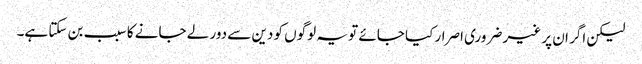
لیکن اگر ان پر غیر ضروری اصرار کیا جائے تو یہ لوگوں کو دین سے دور لے جانے کا سبب بن سکتا ہے۔